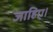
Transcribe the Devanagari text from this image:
जाहिए।